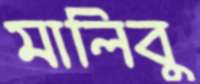
মালিবু